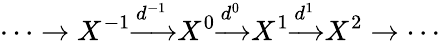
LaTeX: \cdots\to X^{-1}{\xrightarrow{d^{-1}}}X^{0}{\xrightarrow{d^{0}}}X^{1}{\xrightarrow{d^{1}}}X^{2}\to\cdots